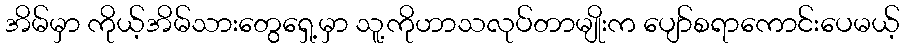
အိမ်မှာ ကိုယ့်အိမ်သားတွေရှေ့မှာ သူ့ကိုဟာသလုပ်တာမျိုးက ပျော်စရာကောင်းပေမယ့်